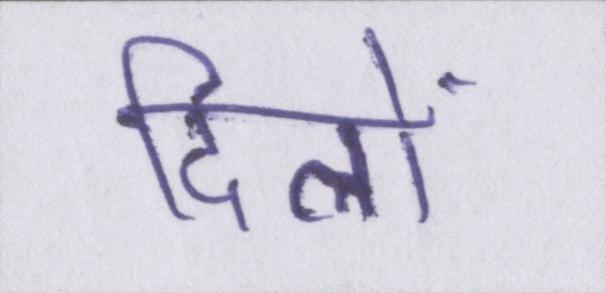
दिलों